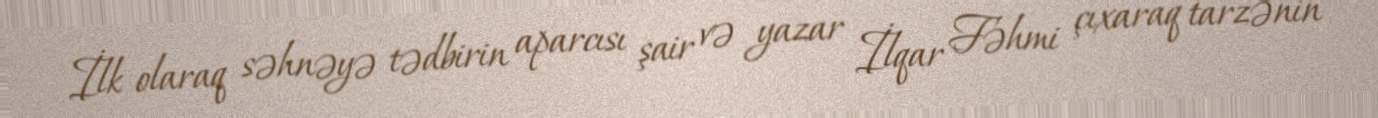
İlk olaraq səhnəyə tədbirin aparcısı şair və yazar İlqar Fəhmi çıxaraq tarzənin